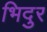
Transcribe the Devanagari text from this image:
भिदुर